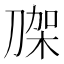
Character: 𭃼